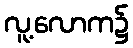
လူ့လောက၌